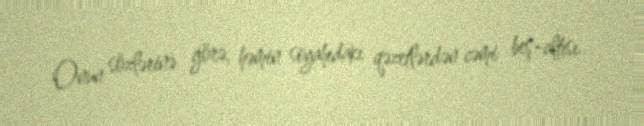
Onun sözlərinə görə, həmin siyahıdakı qəzetlərdən cəmi beş-altısı